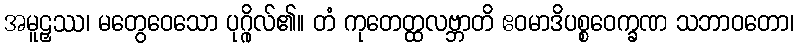
အမူဠှဿ၊ မတွေဝေသော ပုဂ္ဂိုလ်၏။ တံ ကုတေတ္ထလဗ္ဘာတိ ဧဝမာဒိပစ္စဝေက္ခဏ သဘာဝတော၊